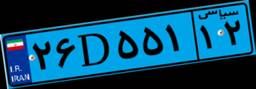
۷۸D۳۳۹۱۶